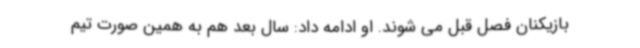
بازیکنان فصل قبل می شوند. او ادامه داد: سال بعد هم به همین صورت تیم